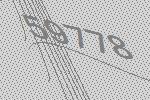
59778